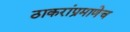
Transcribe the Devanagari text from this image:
ठाकरांप्रमाणेच